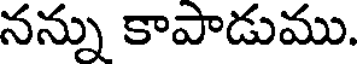
నన్ను కాపాడుము.